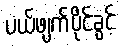
ပယ်ဖျက်ပိုင်ခွင့်